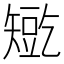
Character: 𰦛